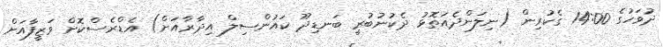
ދުވަހުގެ 14:00 ގެކުރިން (ނިލަންދެއަތޮޅު ދެކުނުބުރީ ބަނޑިދޫ ކައުންސިލް އިދާރާއަށް) އެޑްރެސްކޮށް ވަޒީފާއަށް